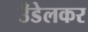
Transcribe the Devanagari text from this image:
उँडेलकर